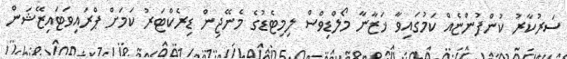
ސަރުކާރު ކުންފުންޏެއް ކަމުގައިވާ ޚަޒާނާ މޯލްޑިވްސް ލިމިޓެޑުގެ މެނޭޖިން ޑިރެކްޓަރު ކަމަށް ޕްރައިވަޓައިޒޭޝަން